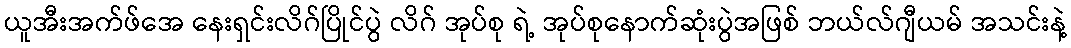
ယူအီးအက်ဖ်အေ နေးရှင်းလိဂ်ပြိုင်ပွဲ လိဂ် အုပ်စု ရဲ့ အုပ်စုနောက်ဆုံးပွဲအဖြစ် ဘယ်လ်ဂျီယမ် အသင်းနဲ့